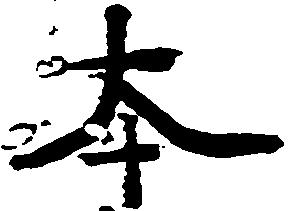
本